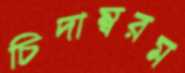
চিদাম্বরম